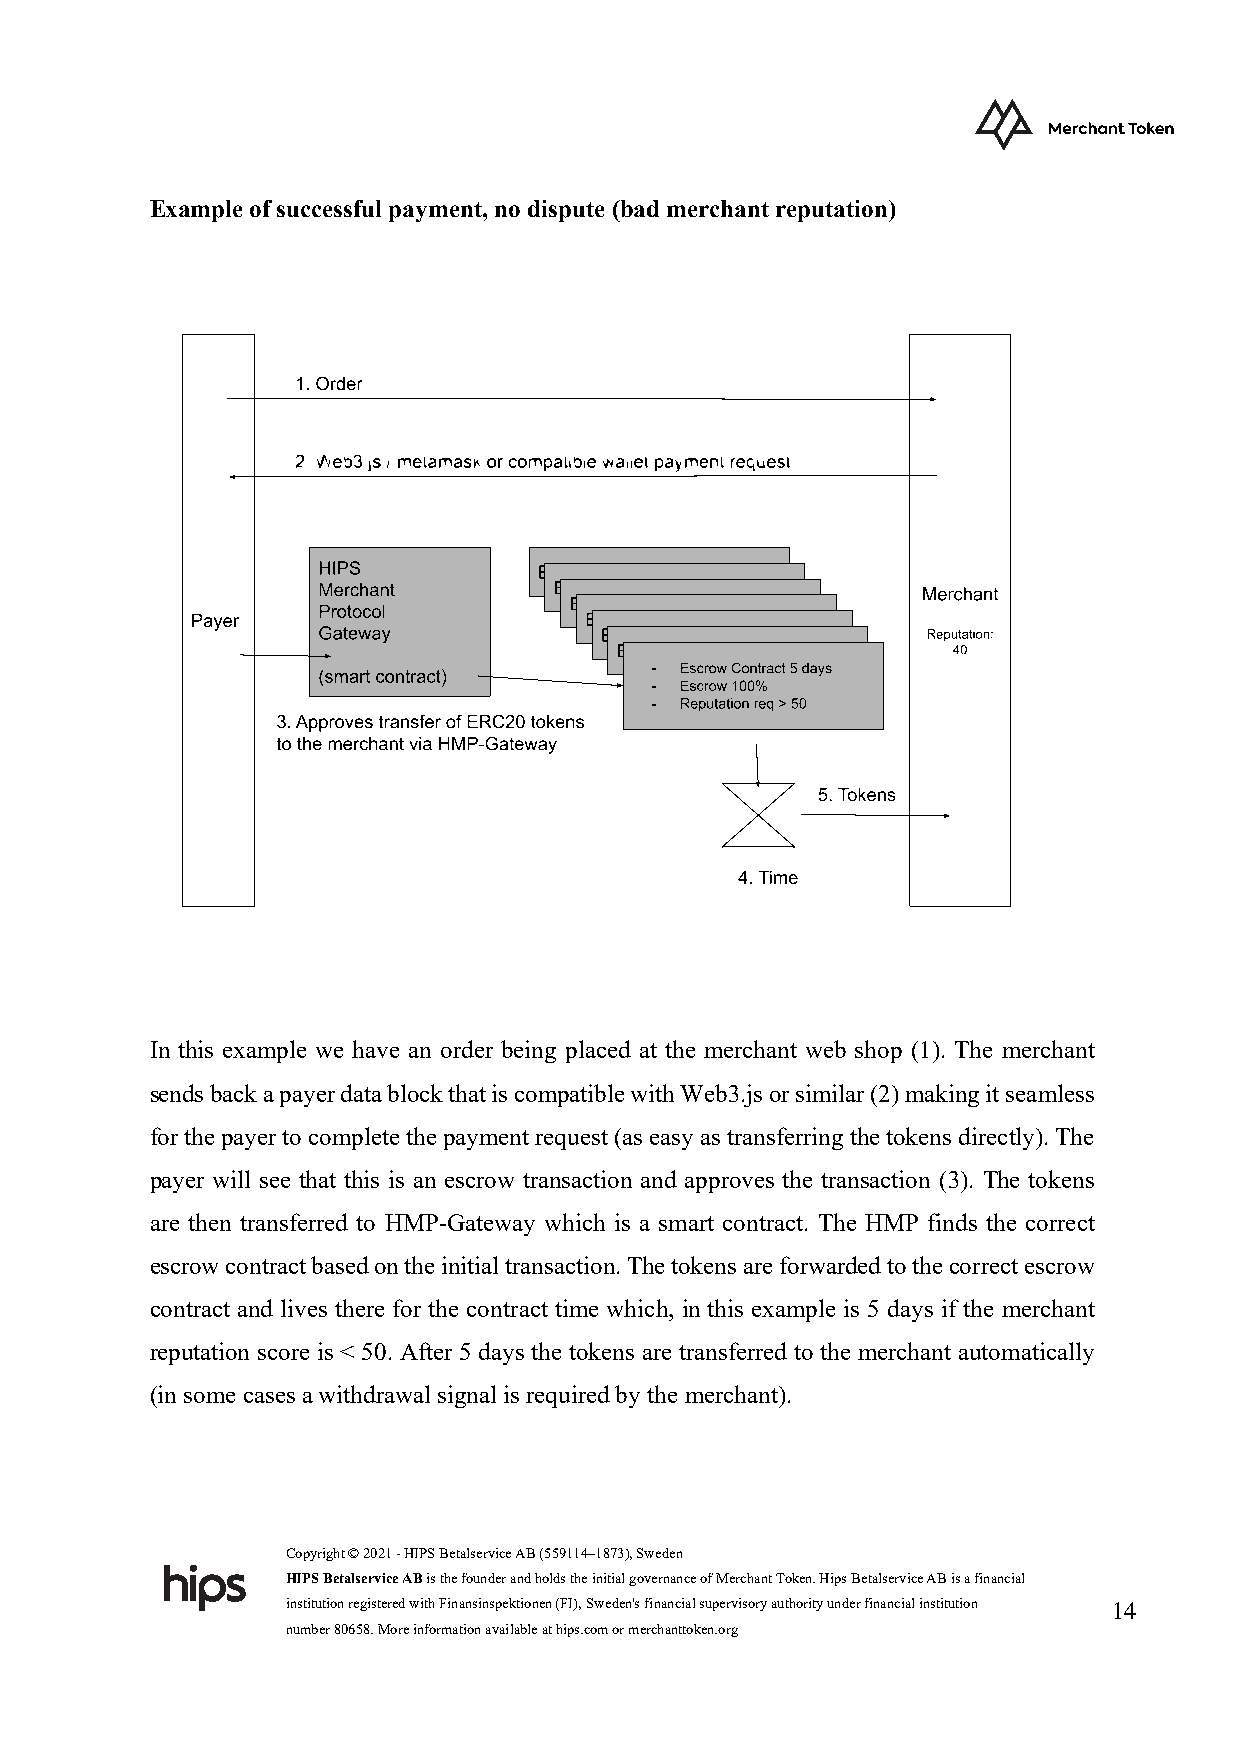
Example of successful payment, no dispute (bad merchant reputation)
 In this example we have an order being placed at the merchant web shop (1). The merchant
 sends back a payer data block that is compatible with Web3.js or similar (2) making it seamless
 for the payer to complete the payment request (as easy as transferring the tokens directly). The
 payer will see that this is an escrow transaction and approves the transaction (3). The tokens
 are then transferred to HMP-Gateway which is a smart contract. The HMP finds the correct
 escrow contract based on the initial transaction. The tokens are forwarded to the correct escrow
 contract and lives there for the contract time which, in this example is 5 days if the merchant
 reputation score is < 50. After 5 days the tokens are transferred to the merchant automatically
 (in some cases a withdrawal signal is required by the merchant).
 Copyright © 2021 - HIPS Betalservice AB (559114–1873), Sweden
 HIPS Betalservice AB is the founder and holds the initial governance of Merchant Token. Hips Betalservice AB is a financial
 institution registered with Finansinspektionen (FI), Sweden's financial supervisory authority under financial institution 14
 number 80658. More information available at hips.com or merchanttoken.org